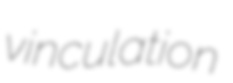
vinculation